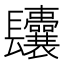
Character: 𨳆